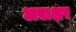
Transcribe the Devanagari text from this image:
अद्याक्षर